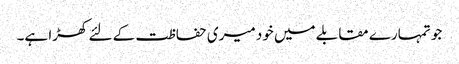
جو تمہارے مقابلے میں خود میری حفاظت کے لئے کھڑا ہے۔